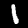
Digit: 1